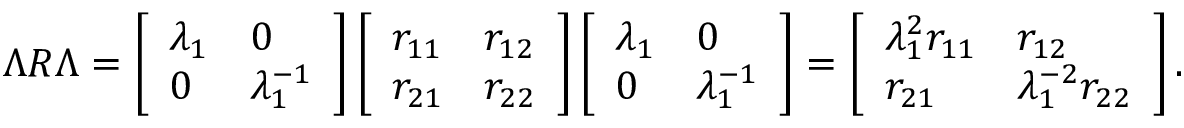
\Lambda R \Lambda = \left[ \begin{array} { l l } { \lambda _ { 1 } } & { 0 } \\ { 0 } & { \lambda _ { 1 } ^ { - 1 } } \end{array} \right] \left[ \begin{array} { l l } { r _ { 1 1 } } & { r _ { 1 2 } } \\ { r _ { 2 1 } } & { r _ { 2 2 } } \end{array} \right] \left[ \begin{array} { l l } { \lambda _ { 1 } } & { 0 } \\ { 0 } & { \lambda _ { 1 } ^ { - 1 } } \end{array} \right] = \left[ \begin{array} { l l } { \lambda _ { 1 } ^ { 2 } r _ { 1 1 } } & { r _ { 1 2 } } \\ { r _ { 2 1 } } & { \lambda _ { 1 } ^ { - 2 } r _ { 2 2 } } \end{array} \right] .